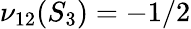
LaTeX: \nu_{12}(S_{3})=-1/2